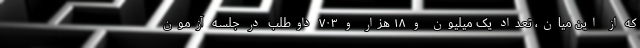
که از این میان، تعداد یک میلیون و ۱۸ هزار و ۷۰۳ داوطلب در جلسه آزمون